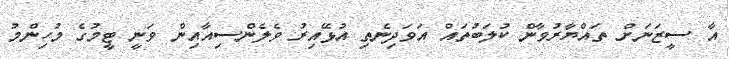
އާ ސީޒަނަށް ތައްޔާރުވާން ކުލަބުތައް އަވަދިނެތި އުޅޭއިރު ވެލެންސިއާއިން ވަނީ ޓީމުގެ މުހިންމު